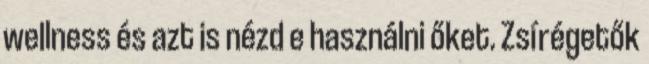
wellness és azt is nézd e használni őket. Zsírégetők